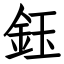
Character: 鈺